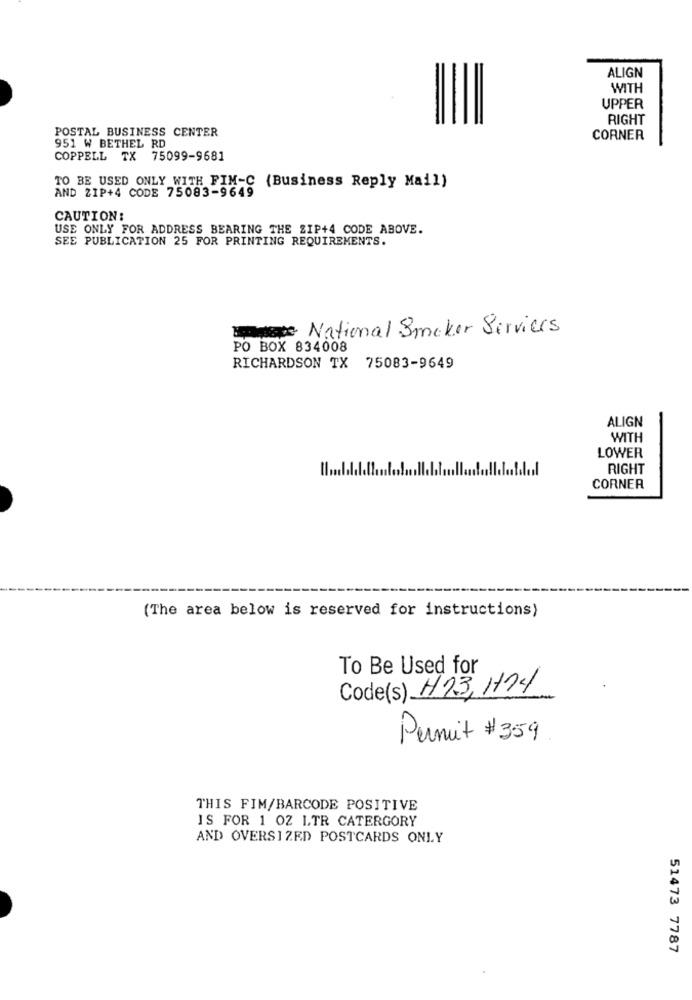
ALIGN
WITH
UPPER
RIGHT
POSTAL BUSINESS CENTER
CORNER
951 W BETHEL RD
COPPELL TX 75099-9681
AND ZIP+4 CODE 75083-9649
TO BE USED ONLY WITH FIM-C (Business Reply Mail)
CAUTION:
USE ONLY FOR ADDRESS BEARING THE ZIP+4 CODE ABOVE.
SEE PUBLICATION 25 FOR PRINTING REQUIREMENTS.
Bedste: National Smaker Serviers
PO BOX 834008
RICHARDSON TX 75083-9649
ALIGN
WITH
LOWER
RIGHT
CORNER
(The area below is reserved for instructions)
To Be Used for
Code(s) H23, H14
Permit #359
THIS FIM/BARCODE POSITIVE
IS FOR 1 OZ LTR CATERGORY
AND OVERSIZED POSTCARDS ONLY
51473 7787